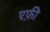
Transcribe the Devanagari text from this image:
एफ़ी